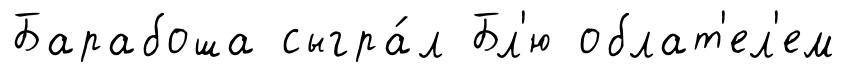
Барабоша сыгра́л Бл'ю облат'ел'ем